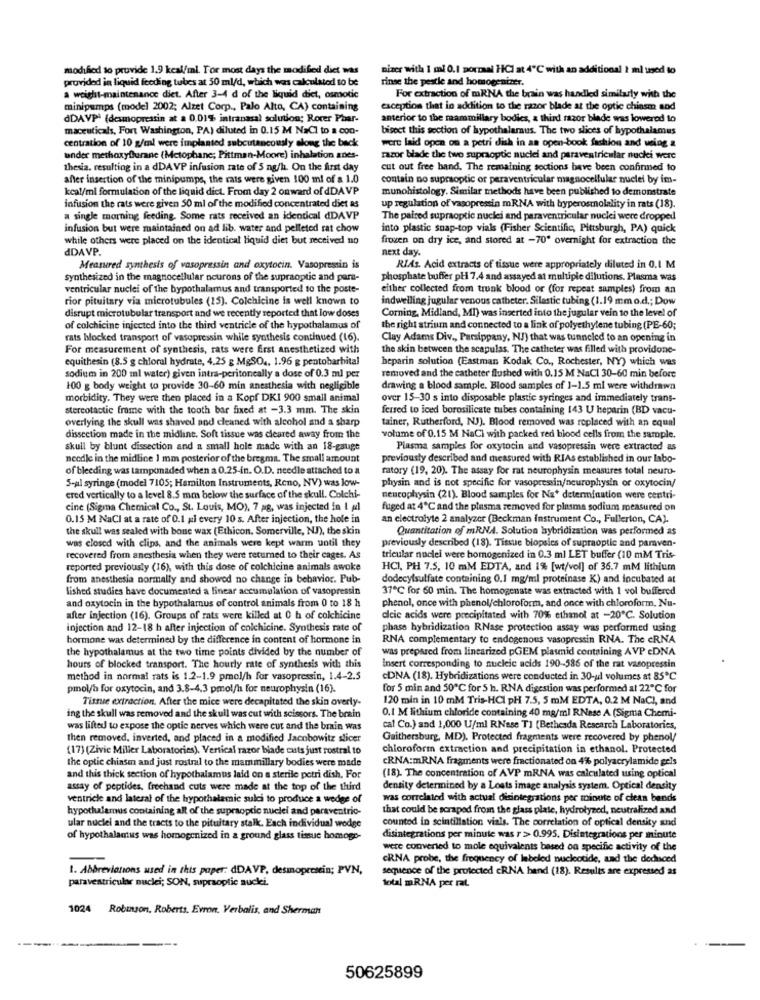
modified to provide 1.9 kcal/mi. Tor most days the modified dict wu
mizer with 1 mal 0.1 poursal HCI at 4℃ with an additional 2 ml used to
provided in liquid feeding tubes at 50 ml/d, which was calculated to be
rinse the pestle and homogenizer.
a weight-maintenance diet. After 3-4 d of the liquid diet, osmotic
For extraction of mRNA the brain was handled similarly with the
minipumps (model 2002; Alzet Corp ., Palo Alto, CA) containing
exception that in addition to the razor blade at the optic chinsm and
dDAVPi (desmopressin at a 0.01% intranasal solution; Rorer Phar-
anterior to the mammillary bodies, a third razor blade was lowered to
maceuticals, Fort Washington, PA) diluted in 0.15 M NaCl to a con-
bisect this section of hypothalamus. The two slices of hypothalamus
centration of 10 g/ml were implanted subcutaneously along the back
were laid open on a petri dish in an open-book fashion and wing a
under methoxyflurane (Mctophane; Pittman-Moore) inhalation anes-
razor blade the two supraoptic nuclei and paraventricular nucki were
thesia, resulting in a dDAVP infusion rate of 5 ng/h. On the first day
cut out free hand. The remaining sections have been confirmed to
after insertion of the minipumps, the rats were given 100 ml of a 1.0
contain no supraoptic or peraventricular magnocellular nuclei by im-
kcal/ml formulation of the liquid dict. From day 2 onward of dDA VP
munohistology. Similar methods have been published to demonstrate
infusion the rats were given 50 ml of the modified concentrated diet as
up regulation of vasopressin mRNA with byperosmolality in rats (18).
a single morning feeding. Some rats received an identical dDAVP
The paired supraoptic nuclei and paraventricular nucki were dropped
infusion but were maintained on ad lib. water and pelleted rat chow
into plastic snap-top vials (Fisher Scientific, Pittsburgh, PA) quick
while others were placed on the identical liquid diet but received no
frozen on dry ice, and stored at -70' overnight for extraction the
dDAVP.
next day.
Measured synthesis of vasopressin and oxytocin. Vasopressin is
RIAs. Acid extracts of tissue were appropriately diluted in 0.1 M
synthesized in the magnocellular ocurons of the supraoptic and para-
phosphate buffer pH 7.4 and assayed at multiple dilutions. Plasma was
ventricular nuclei of the bypothalamus and transported to the poste-
either collected from trunk blood or (for repeat samples) from an
rior pituitary via microtubules (15). Colchicine is well known to
indwelling jugular venous catheter. Silastic tubing (1.19 mm o.d .; Dow
disrupt microtubular transport and we recently reported that low doses
Corning, Midland, MI) was inserted into the jugular vein to the level of
of colchicine injected into the third ventricle of the hypothalamus of
the right atrium and connected to a link of polyethylene tubing (PE-60;
rats blocked transport of vasopressin while synthesis continued (16).
Clay Adams Div ., Parsippany, NJ) that was tunneled to an opening in
For measurement of synthesis, rats were Erst anesthetized with
the skin between the scapulas. The catheter was filled with providone-
equithesin (8.5 g chioral hydrate, 4.25 g MgSO .. 1.96 g pentobarbital
heparin solution (Eastman Kodak Co ., Rochester, NY) which was
sodium in 200 ml water) given intra-peritoneally a dose of 0.3 ml per
removed and the catheter flushed with 0.15 M NaCl 30-60 min before
100 g body weight to provide 30-60 min anesthesia with negligible
drawing a blood sample. Blood samples of 1-1.5 ml were withdrawn
morbidity. They were then placed in a Kopf DK1 900 small animal
over 15-30 s into disposable plastic syringes and immediately trans-
stereotactic frame with the tooth bar fixed at -3.3 mm. The skin
ferred to iced borosilicate tubes containing 143 U heparin (BD vacu-
overlying the skull was shaved and cleaned with alcohol and a sharp
tainer, Rutherford, NJ). Blood removed was replaced with an equal
dissection made in the midline. Soft tissue was cleared away from the
volume of 0.15 M NaCl with packed red blood cells from the sample.
skull by blunt dissection and a small hole made with an 18-gauge
Plasma samples for oxytocin and vasopressin were extracted as
needle in the midline 1 mm posterior of the bregmit. The small amount
previously described and measured with RIAs established in our labo-
of bleeding was tamponaded when a 0.25-in. O.D. needle attached to a
ratory (19, 20). The assay for rat neurophysin measures total neuro-
5-ul syringe (model 7105; Hamilton Instruments, Reno, NV) was low-
physin and is not specific for vasopressin/neurophysin or oxytocin/
ered vertically to a level 8.5 mm below the surface of the skull. Colchi-
neurophysin (21). Blood samples for Na* determination were centri-
cine (Sigma Chemical Co ., St. Louis, MO), 7 ag, was injected in I pl
fuged at 4℃ and the plasma removed for plasma sodium measured on
0.15 M NaCl at a rate of 0.1 gi every 10 s. After injection, the hole in
an electrolyte 2 analyzer (Beckman instrument Co ., Fullerton, CA).
the skull was sealed with bone wax (Ethicon, Somerville, NJ), the skin
Quantitation of mRNA. Solution hybridization was performed as
was closed with clips, and the animals were kept warm until they
previously described (18). Tissue biopsies of supraoptic and paraven-
recovered from anesthesia when they were returned to their cages. As
tricular nuclei were homogenized in 0.3 ml LET buffer (10 mM Tris-
reported previously (16), with this dose of colchicine animals awoke
HCI, PH 7.5, 10 mM EDTA, and 1% [wt/vol] of 36.7 mM lithium
from anesthesia normally and showed no change in behavior. Pub-
dodecylsulfate containing 0,1 mg/ml proteinase K) and incubated at
lished studies have documented a linear accumulation of vasopressin
37℃ for 60 min. The homogenate was extracted with 1 vol buffered
and oxytocin in the hypothalamus of control animals from 0 to 18 h
phenol, once with phenol/chloroform, and once with chloroform, Nu-
after injection (16). Groups of rats were killed at 0 h of colchicine
dlcie acids were precipitated with 70% ethanol at -20℃. Solution
injection and 12-18 h after injection of colchicine. Synthesis rate of
phase hybridization RNase protection assay was performed using
hormone was determined by the difference in content of hormone in
RNA complementary to endogenous vasopressin RNA. The cRNA
the hypothalamus at the two time points divided by the number of
was prepared from linearized pGEM plasmid containing AVP cDNA
hours of blocked transport. The hourly rate of synthesis with this
Insert corresponding to nucleic acids 190-586 of the rat vasopressin
method in normal rats is 1.2-1.9 pmol/h for vasopressin, 1.4-2.5
CDNA (18). Hybridizations were conducted in 30-ul volumes at 85℃
pmol/h for oxytocin, and 3.8-4.3 pmol/h for neurophysin (16).
for 5 min and 50℃ for 5 h. RNA digestion was performed at 22℃ for
Tissue extraction. After the mice were decapitated the skin overly-
120 min in 10 mM Tris-HCI pH 7.5, 5 mM EDTA, 0.2 M NaCI, and
0.1 M lithium chloride containing 40 mg/ml RNase A (Sigma Chemi-
ing the skull was removed and the skull was cut with scissors. The brain
was lifted to expose the optic nerves which were cut and the brain was
cal Co.) and 1,000 U/ml RNase TI (Bethesda Research Laboratories,
then removed, inverted, and placed in a modified Jacobowitz slicer
Gaithersburg, MD). Protected fragments were recovered by phenol/
(17) (Zivie Miller Laboratories). Vertical razor blade cuts just rostral to
chloroform extraction and precipitation in ethanol. Protected
the optic chiase and just rostral to the mammillary bodies were made
CRNA:mRNA fragments were fractionated on 4% polyacrylamide gels
and this thick section of hypothalamus laid on a sterile petri dish, For
(18). The concentration of AVP mRNA was calculated using optical
assay of peptides, frechand cuts were made at the top of the third
density determined by a Losts image analysis system. Optical density
ventricle and lateral of the hypothalamic sulci to produce a wedge of
was correlated with actual disintegrations per minute of clean bends
hypothalamus containing all of the supraoptic nuclei and paraventric-
that could be scraped from the glass plate, hydrolyzed, neutralized and
counted in scintillation vials. The correlation of optical density and
ular nuclei and the tracts to the pituitary stalk. Each individual wedge
of hypothalamus was homogenized in a ground glass tissue homoge-
disintegrations per minute was r > 0.995. Disintegrations per minute
were converted to mole equivalents based on specific activity of the
CRNA probe, the frequency of labeled nucleotide, and the deduced
1. Abbreviations used in this paper: dDAVP. desmopressin; PVN,
sequence of the protected cRNA hand (18). Results are expressed as
paraventricular nuclei; SON, supraoptic nuclei.
total mRNA per rat
1024 Robinson. Roberts. Evron. Verbalis, and Sherman
50625899